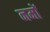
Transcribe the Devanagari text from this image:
नमों